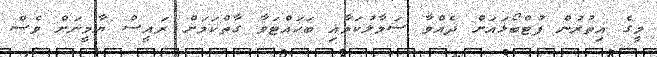
މީގެ އިތުރުން ފުޓްބޯޅައަށް ދެއްވާ ސަމާލުކަމާއި ބަހައްޓަވާ ގާތްކަމަށް ރައީސް ޔާމީނަށް ވެސް